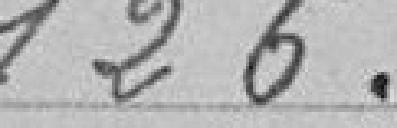
126 francs